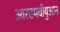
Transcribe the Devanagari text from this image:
आरएमबीयुआन